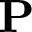
\mathbf P